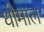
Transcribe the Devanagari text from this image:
धोमाल